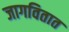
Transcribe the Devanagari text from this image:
जागवितात